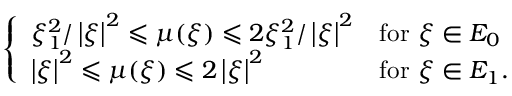
\left\{ \begin{array} { l l } { \xi _ { 1 } ^ { 2 } / \left| \xi \right| ^ { 2 } \leqslant \mu ( \xi ) \leqslant 2 \xi _ { 1 } ^ { 2 } / \left| \xi \right| ^ { 2 } } & { \mathrm { f o r ~ } \xi \in E _ { 0 } } \\ { \left| \xi \right| ^ { 2 } \leqslant \mu ( \xi ) \leqslant 2 \left| \xi \right| ^ { 2 } } & { \mathrm { f o r ~ } \xi \in E _ { 1 } . } \end{array} \right.